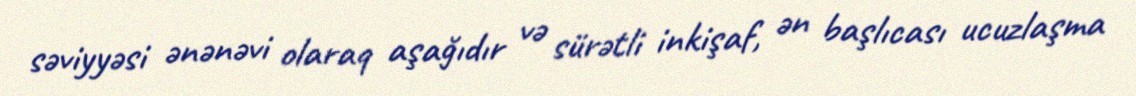
səviyyəsi ənənəvi olaraq aşağıdır və sürətli inkişaf, ən başlıcası ucuzlaşma